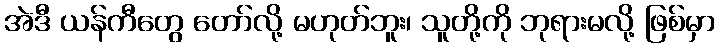
အဲဒီ ယန်ကီတွေ တော်လို့ မဟုတ်ဘူး၊ သူတို့ကို ဘုရားမလို့ ဖြစ်မှာ